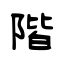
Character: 階